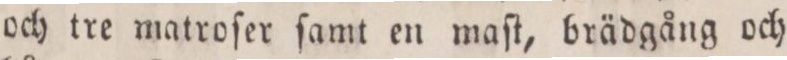
och tre matroſer ſamt en maſt, brädgång och